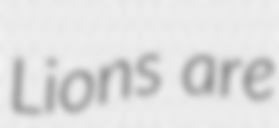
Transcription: Lions are